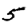
Digit: 5